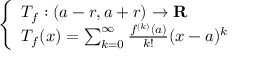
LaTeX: \left\{ \begin{array} { l l } { T _ { f } : ( a - r , a + r ) \to \mathbf { R } } \\ { T _ { f } ( x ) = \sum _ { k = 0 } ^ { \infty } { \frac { f ^ { ( k ) } ( a ) } { k ! } } ( x - a ) ^ { k } } \end{array} \right.